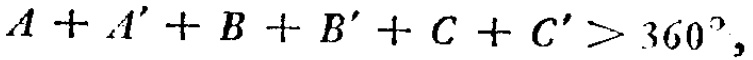
$A + A' + B + B' + C + C' > 360^{\circ},$